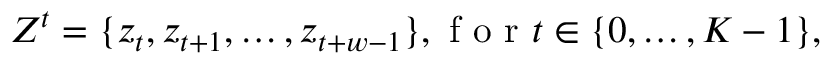
Z ^ { t } = \{ z _ { t } , z _ { t + 1 } , \ldots , z _ { t + w - 1 } \} , \textrm { f o r } t \in \{ 0 , \ldots , K - 1 \} ,